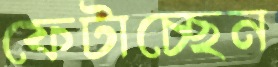
ফেটাচ্ছেন